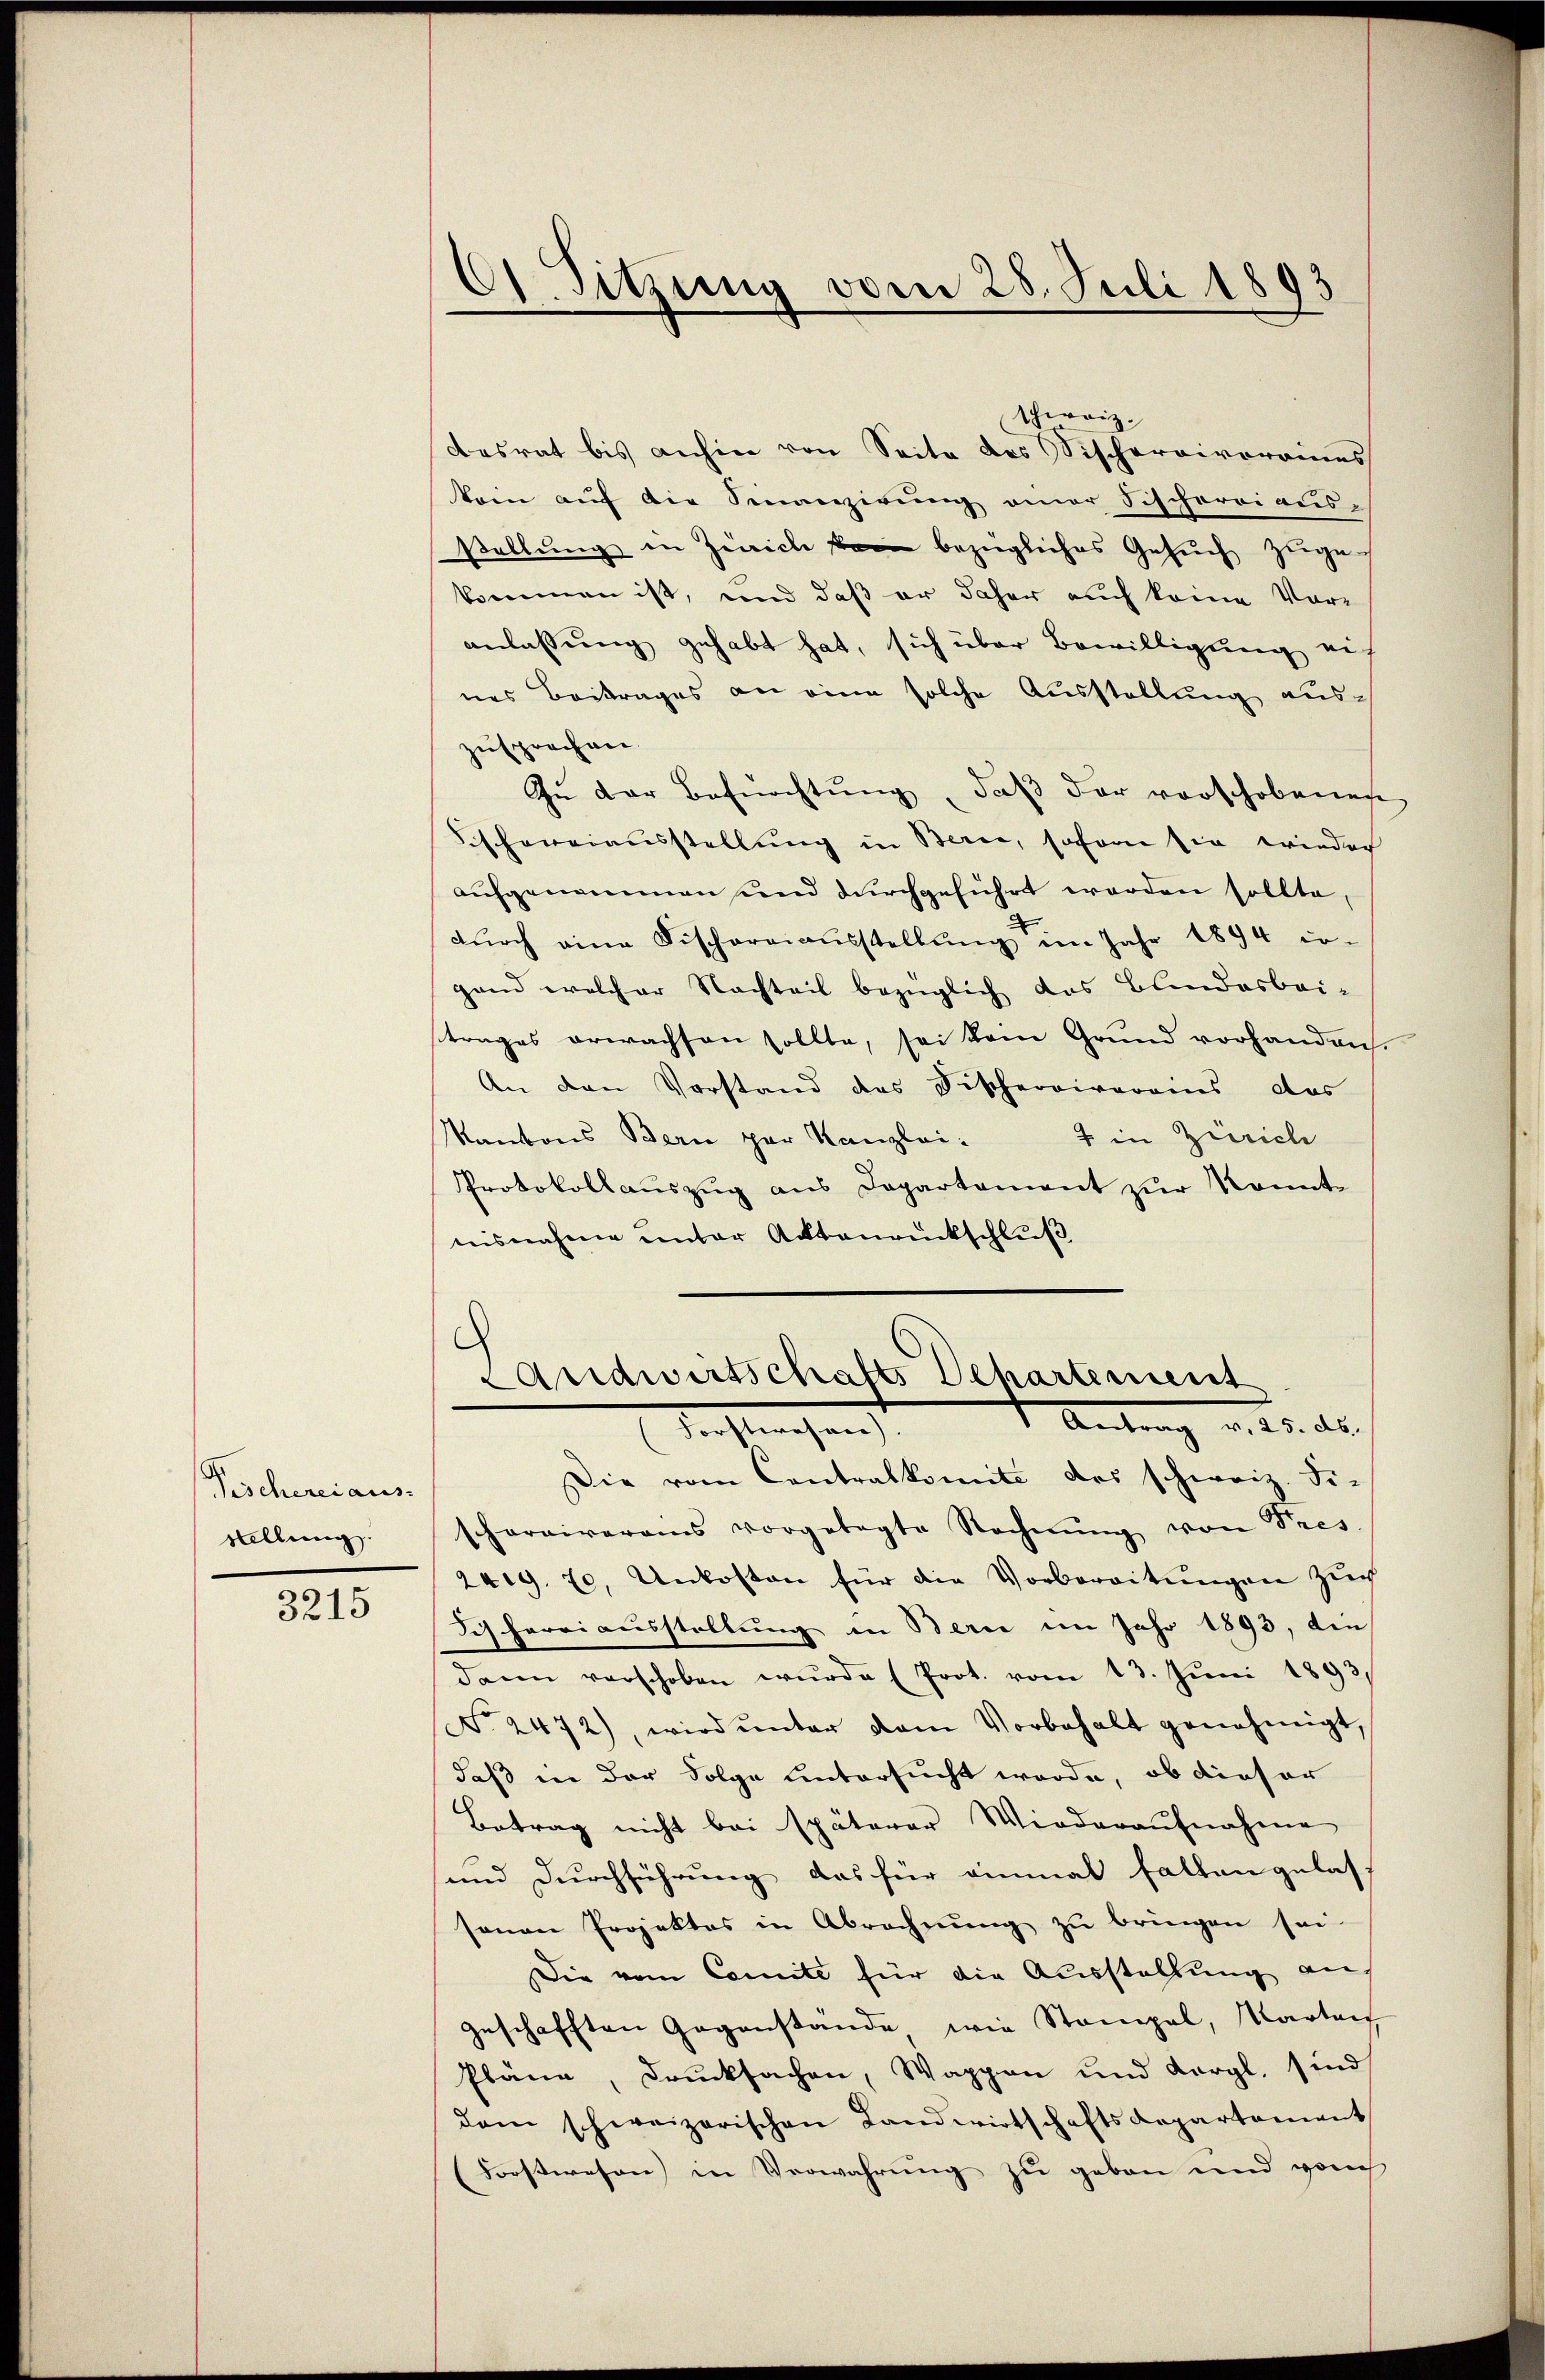
Pischereiaus.
stellung.

3215

61 Sitzung vom 28. Juli 1893

schweiz.
desrat bis anhin von Seite des Vischereivoreines
kain aŭf die Semanzierung einer Fischeroi ausstellung in Zürich ein bezügliches Gesuch zugekommen ist, und daß er daher auch keine Vor-
anlassung gehabt hat, sich über Bewilligung auf
nes Beitrages an eine solche Ausstellung aus-
zusprochen.
Zŭ der Befürchtŭng, daβ der vorschobenen
Sishowerausstellung in Berne, soforn sie wieder
aufgenommen und durchgeführt werden sollte,
dŭrch eine Fischaraiaŭsstellŭng im Jahr 1894 in
gand welcher Nachteil bezüglich das Bundesbei-
strages erwachsen sollte, sei kam Grund vorhanden.
An den Vorstand des Fischereiverains das
Kantons Bern par Kanzlei.
4 in Zürich
Protokollauszug aus Departement zur Konntnisnahme unter Acktauruckschluß
Andwirtschafts Departement
Antrag v. 25. ds.
.
Die vom Contralkomite des schweiz. Fi-
schargiverais vorgelegte Rechnŭng von Pres.
249. 70, Unkosten für die Vorbereitŭngen Zŭch
Ich herriausstellung in Bern im Jahr 1893, die
dann verschoben wŭrde (Prot. vom 13. Jŭni 1893
No. 2472), wird ŭnter dem Vorbehalt genehmigt,
daß in der Folge untersucht werde, ob dieser
Betrag nicht bei späterer Wiederaŭfnahme
und Durchführung das für einmal falten gelass
senen Projektes in Abrechnung zu bringen sei.
Die vom Comite für die Ausstellung auf
geschafften Gegenstande wie Stampel, Karten
Pläne, drucksachen, Wappen und Korgl. sind
dem schweizerischen Landwirtschaftsdepartement
(Forstwesen in Verwahrung zu geben und vorch